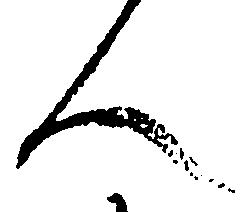
人